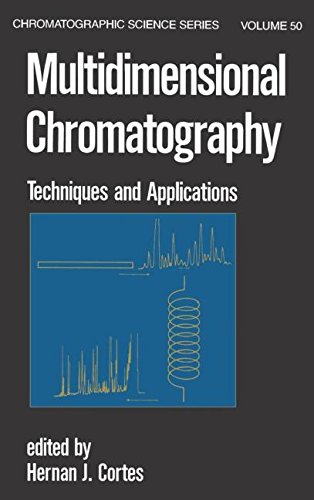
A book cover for Multidimensional Chromatography: Techniques and Applications (Chromatographic Science Series); Cortes; Science & Math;